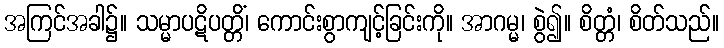
အကြင်အခါ၌။ သမ္မာပဋိပတ္တိံ၊ ကောင်းစွာကျင့်ခြင်းကို။ အာဂမ္မ၊ စွဲ၍။ စိတ္တံ၊ စိတ်သည်။